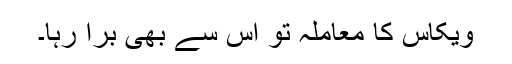
ویکاس کا معاملہ تو اس سے بھی برا رہا۔